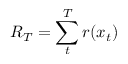
R _ { T } = \sum _ { t } ^ { T } r ( x _ { t } )